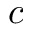
c